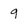
Character: 9